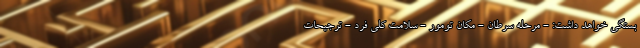
بستگی خواهد داشت: - مرحله سرطان - مکان تومور - سلامت کلی فرد - ترجیحات